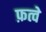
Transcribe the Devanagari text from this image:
फ़त्वे